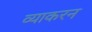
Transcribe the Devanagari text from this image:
व्याकरन